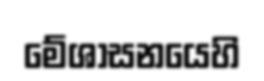
මේශාසනයෙහි